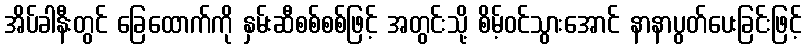
အိပ်ခါနီးတွင် ခြေထောက်ကို နှမ်းဆီစစ်စစ်ဖြင့် အတွင်းသို့ စိမ့်ဝင်သွားအောင် နာနာပွတ်ပေးခြင်းဖြင့်